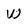
Character: W